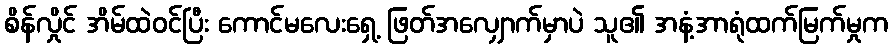
စိန်လှိုင် အိမ်ထဲဝင်ပြီး ကောင်မလေးရှေ့ ဖြတ်အလျှောက်မှာပဲ သူ၏ အနံ့အာရုံထက်မြက်မှုက